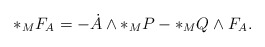
\begin{align*}\ast_{M}F_{A}=-\dot{A}\wedge\ast_{M}P-\ast_{M}Q\wedge F_{A}.\end{align*}